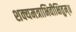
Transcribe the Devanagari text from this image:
शक्यमत्राभिवीक्षितुम्॥